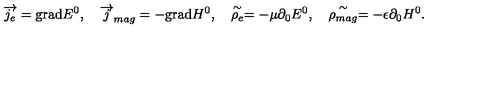
\overrightarrow { j _ { e } } = \mathrm { g r a d } E ^ { 0 } , \quad \overrightarrow { j } _ { m a g } = - \mathrm { g r a d } H ^ { 0 } , \quad \stackrel { \sim } { \rho _ { e } } = - \mu \partial _ { 0 } E ^ { 0 } , \quad \stackrel { \sim } { \rho _ { m a g } } = - \epsilon \partial _ { 0 } H ^ { 0 } .